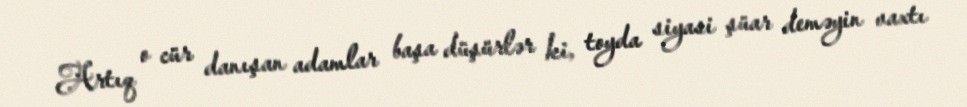
Artıq o cür danışan adamlar başa düşürlər ki, toyda siyasi şüar deməyin vaxtı